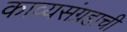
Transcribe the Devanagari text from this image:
काव्यसंग्रहाची